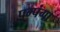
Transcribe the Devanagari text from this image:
पम्पंगा